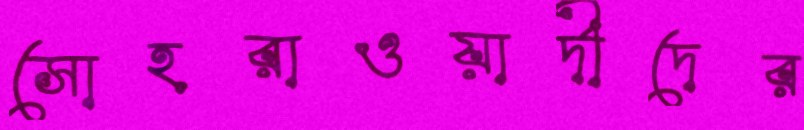
সোহরাওয়ার্দীদের